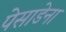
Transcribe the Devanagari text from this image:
पेसाडेना